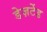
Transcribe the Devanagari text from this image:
डेज़र्टेड